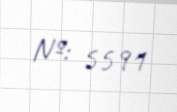
№: 5591